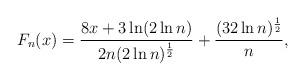
LaTeX: \begin{align*}F_n(x)=\frac{8x+3\ln(2\ln n)}{2n(2\ln n)^{\frac{1}{2}}}+\frac{(32\ln n)^{\frac{1}{2}}}{n},\end{align*}